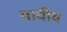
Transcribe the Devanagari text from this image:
मायीय